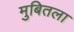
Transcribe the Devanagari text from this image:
मुबितला